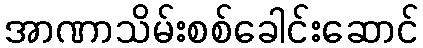
အာဏာသိမ်းစစ်ခေါင်းဆောင်